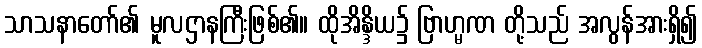
သာသနာတော်၏ မူလဌာနကြီးဖြစ်၏။ ထိုအိန္ဒိယ၌ ဗြာဟ္မဏ တို့သည် အလွန်အားရှိ၍